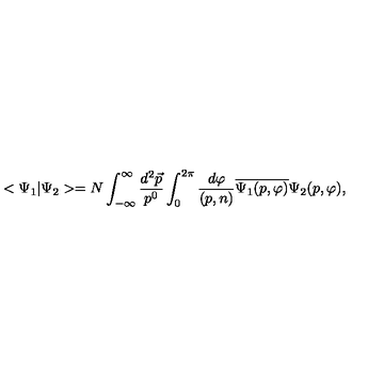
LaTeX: < \Psi _ { 1 } | \Psi _ { 2 } > = N \int _ { - \infty } ^ { \infty } \frac { d ^ { 2 } \vec { p } } { p ^ { 0 } } \int _ { 0 } ^ { 2 \pi } \frac { d \varphi } { ( p , n ) } \overline { { \Psi _ { 1 } ( p , \varphi ) } } \Psi _ { 2 } ( p , \varphi ) ,